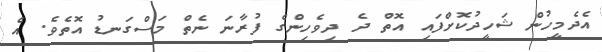
އެދެމީހުން ޝަހީދުކޮށްފައި އޮތް ދެ ދިވެހިންގެ ފުރާނަ ނެތް މަސްގަނޑު އޮތެވެ. އެ